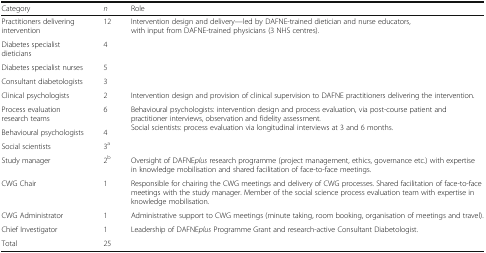
<table><thead><tr><td><b>Category</b></td><td><b><i>n</i></b></td><td><b>Role</b></td></tr></thead><tbody><tr><td>Practitioners delivering intervention</td><td>12</td><td rowspan="4">Intervention design and delivery—led by DAFNE-trained dietician and nurse educators, with input from DAFNE-trained physicians (3 NHS centres).</td></tr><tr><td>Diabetes specialist dieticians</td><td>4</td></tr><tr><td>Diabetes specialist nurses</td><td>5</td></tr><tr><td>Consultant diabetologists</td><td>3</td></tr><tr><td>Clinical psychologists</td><td>2</td><td>Intervention design and provision of clinical supervision to DAFNE practitioners delivering the intervention.</td></tr><tr><td>Process evaluation research teams</td><td>6</td><td rowspan="3">Behavioural psychologists: intervention design and process evaluation, via post-course patient and practitioner interviews, observation and fidelity assessment.Social scientists: process evaluation via longitudinal interviews at 3 and 6 months.</td></tr><tr><td>Behavioural psychologists</td><td>4</td></tr><tr><td>Social scientists</td><td>3<sup>a</sup></td></tr><tr><td>Study manager</td><td>2<sup>b</sup></td><td>Oversight of DAFNE<i>plus</i> research programme (project management, ethics, governance etc.) with expertise in knowledge mobilisation and shared facilitation of face-to-face meetings.</td></tr><tr><td>CWG Chair</td><td>1</td><td>Responsible for chairing the CWG meetings and delivery of CWG processes. Shared facilitation of face-to-face meetings with the study manager. Member of the social science process evaluation team with expertise in knowledge mobilisation.</td></tr><tr><td>CWG Administrator</td><td>1</td><td>Administrative support to CWG meetings (minute taking, room booking, organisation of meetings and travel).</td></tr><tr><td>Chief Investigator</td><td>1</td><td>Leadership of DAFNE<i>plus</i> Programme Grant and research-active Consultant Diabetologist.</td></tr><tr><td>Total</td><td>25</td><td></td></tr></tbody></table>